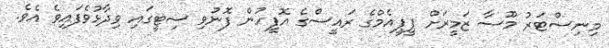
މިނިސްޓަރު މޫސާ ޒަމީރަށް ޕީޕީއެމްގެ ރައީސްގެ އޮފީހުން ފޮނުވި ސިޓީގައި ވިދާޅުވެފައިވެ އެވެ.